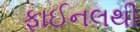
ફાઈનલથી